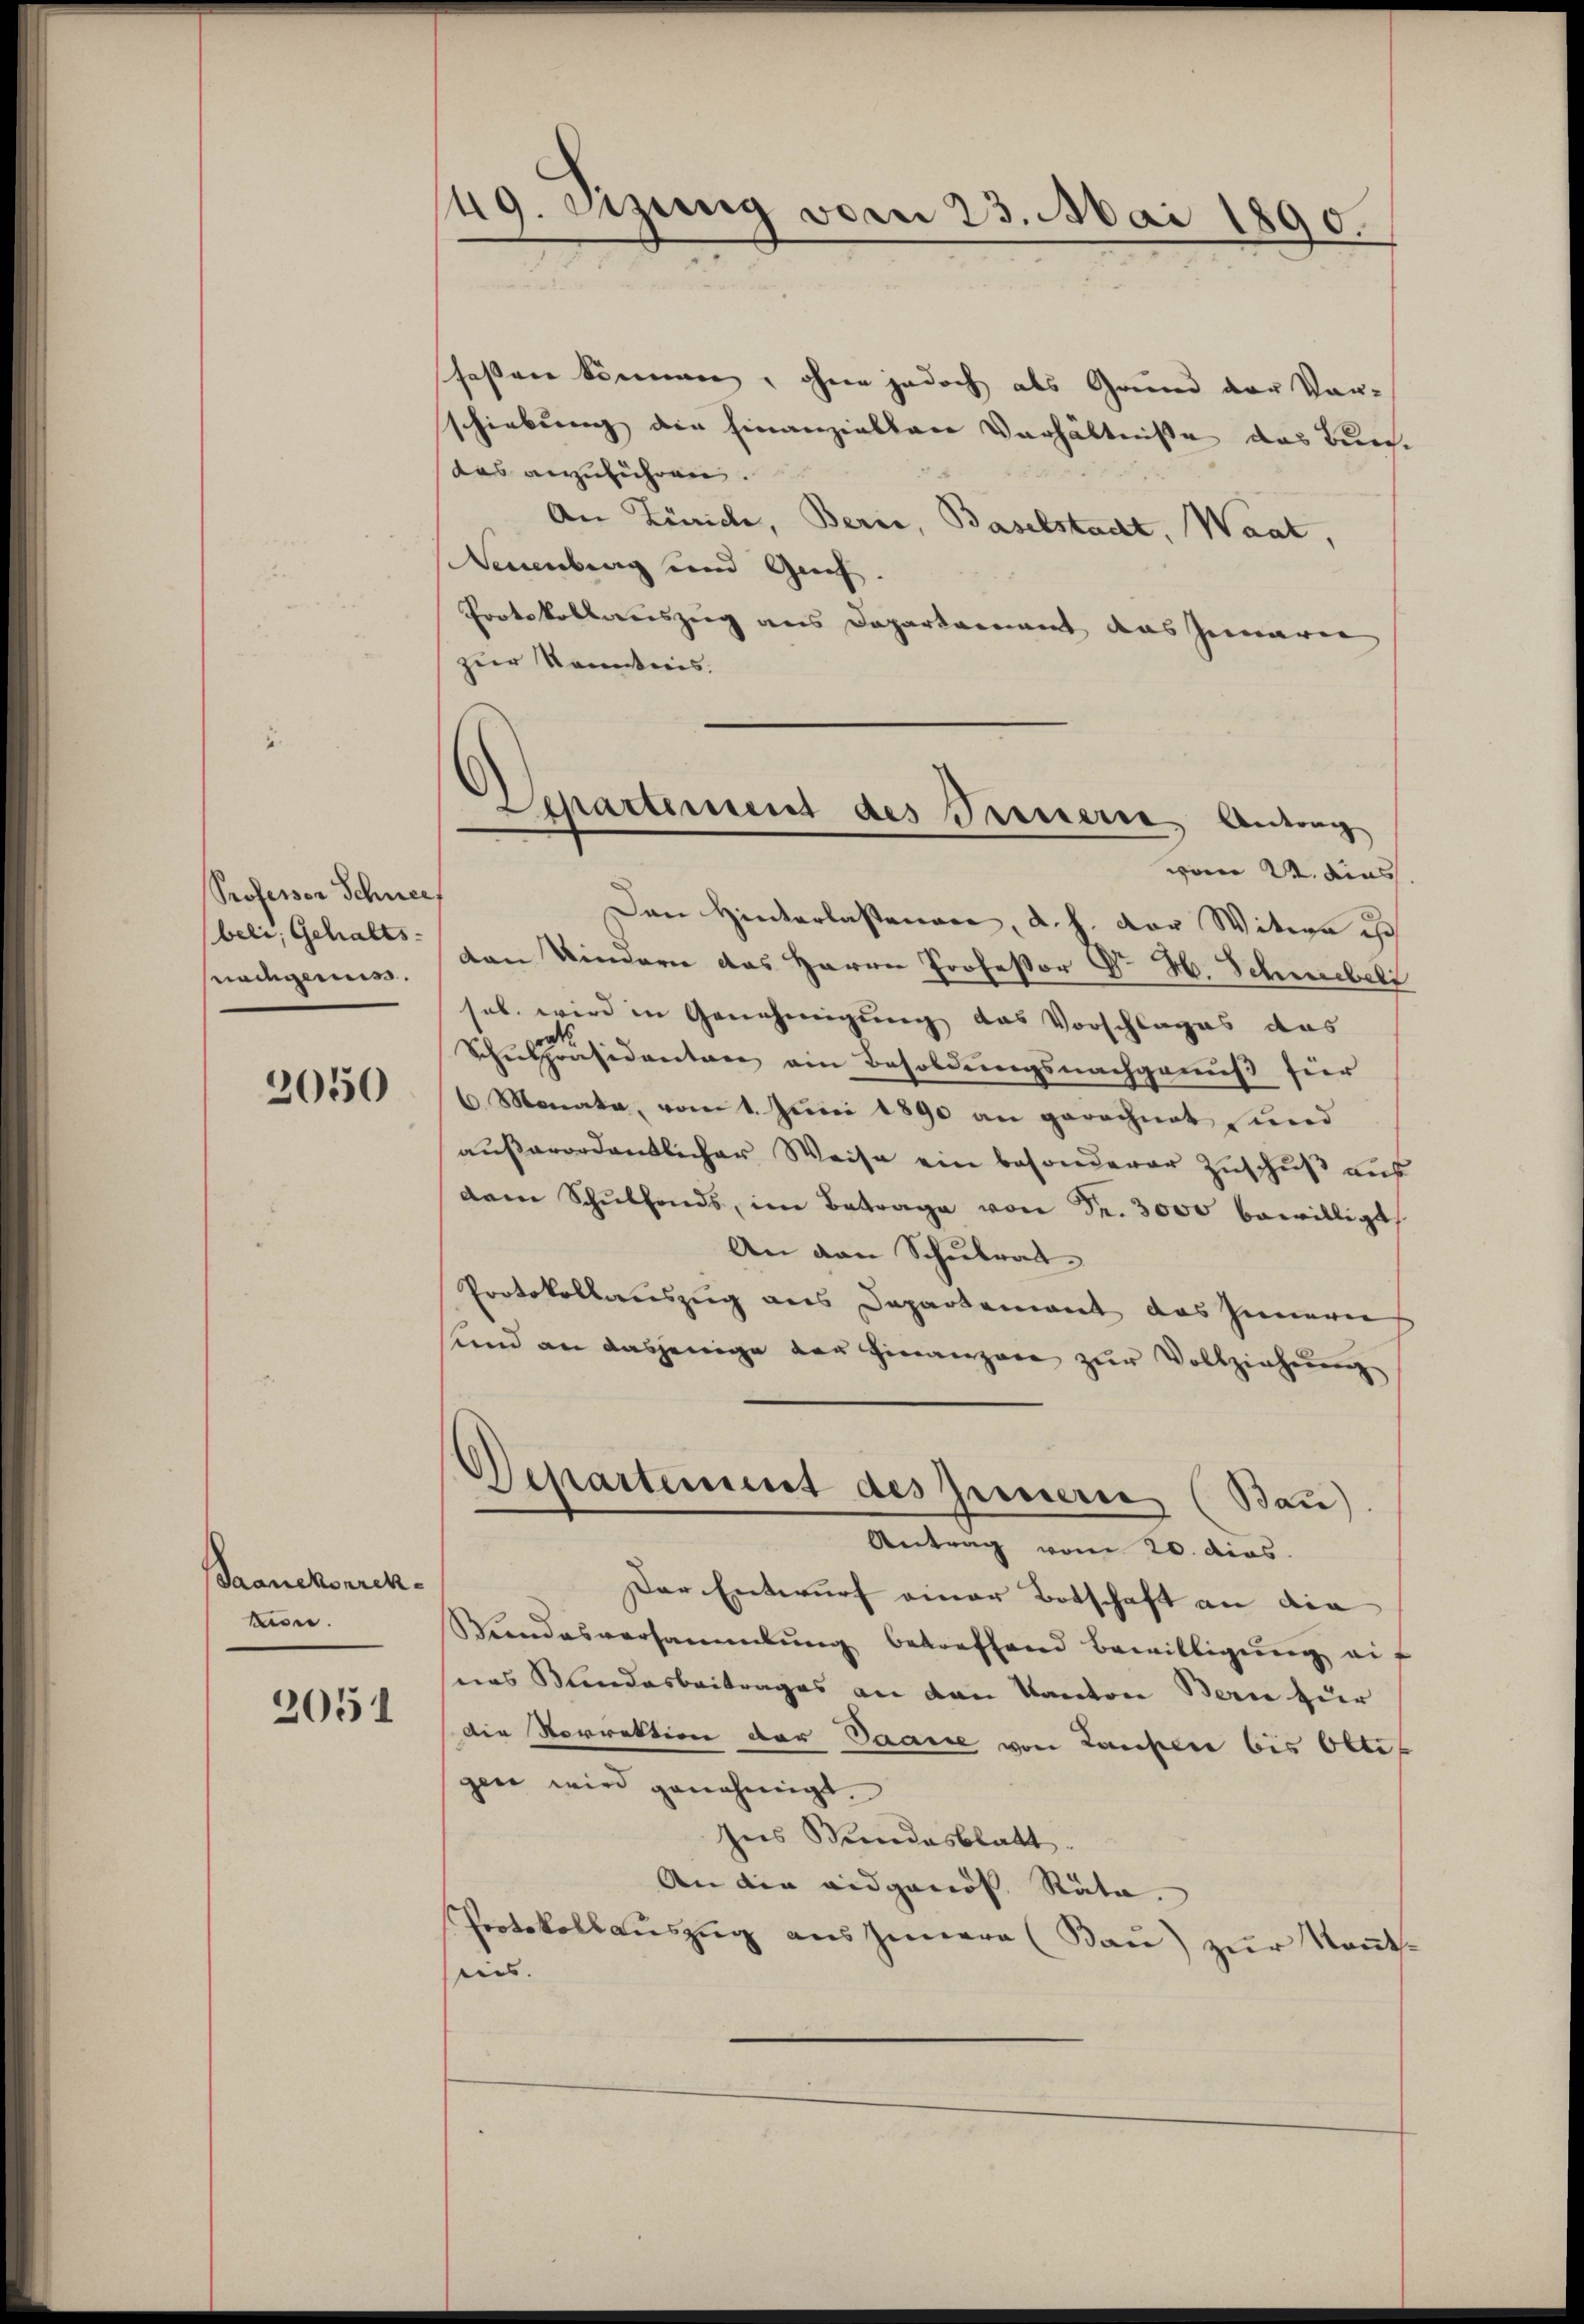
Professor Schneef
beli, Gehalts-
nachgemes

2050

Saanekorrektion.

2051

49. Sizung vom 23. Mai 1890.

faßen können, ohne jedoch als Grund der Vor-
schiebung die hinanziellen Verhältniße das Burchdas anzuführen.
An Zürich, Berne, Baselstadt, Waat,
Neuenburg und Greif.
Protokollweiszug aus Doparkannt das Zuwaren
zur Kenntnis.
vom 24. dies
Den Hinterlassenere, d. h. der Witwe is
den Kindern das Herrn Professor Dr H. Schwebeli
hab, wird in Genehmigung das Vorschlages das
Schŭlpräsidenten am Besoldŭngsnachganŭβ für
6 Monata, vom 1. Juni 1890 an gerechnet und
außerordentlicher Weise ein besonderer Zuschuß aus
dam Schŭlfonds, im Betrage von Fr. 3000 bewilligt
An den Schulrat
Protokollauszug aus Departement das Innern
und an dasjenige der Finanzere zur Vollziehung
Departement des Innern (Bau)
Antrag vom 20. dies
Der Entwurf einer Botschaft an die |
Kundesversammlung betreffend Bewilligung auf
nas Kindesbeitrages an den Kanton Bern zur
die Sorrektion der Saasse von Lansilie bis Otten
gen wird genehmigt.
Ins Bundesblatt.
An die eidgenös. Rata.
Protokollaŭszŭg ans Innern (Baŭ) zŭr Keṅt.
eins.

Departement des Treuere Andring